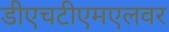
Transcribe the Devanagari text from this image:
डीएचटीएमएलवर